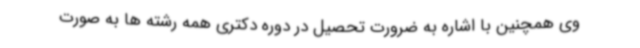
وی همچنین با اشاره به ضرورت تحصیل در دوره دکتری همه رشته ها به صورت